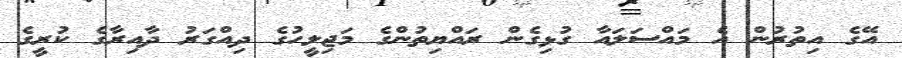
އޭގެ އިތުރުން އެ މައްސަލައާ ގުޅިގެން ރައްޔިތުންގެ މަޖިލީހުގެ ދިއްގަރު ދާއިރާގެ ކުރީގެ